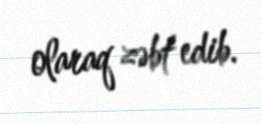
olaraq zəbt edib.